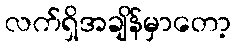
လက်ရှိအချိန်မှာတော့